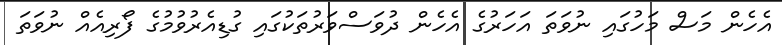
އެހެން މަސް މަހުގައި ނުވަތަ އަހަރުގެ އެހެން ދުވަސްވަރުތަކުގައި ގުޑިއެރުވުމުގެ ފޯރިއެއް ނުވަތަ